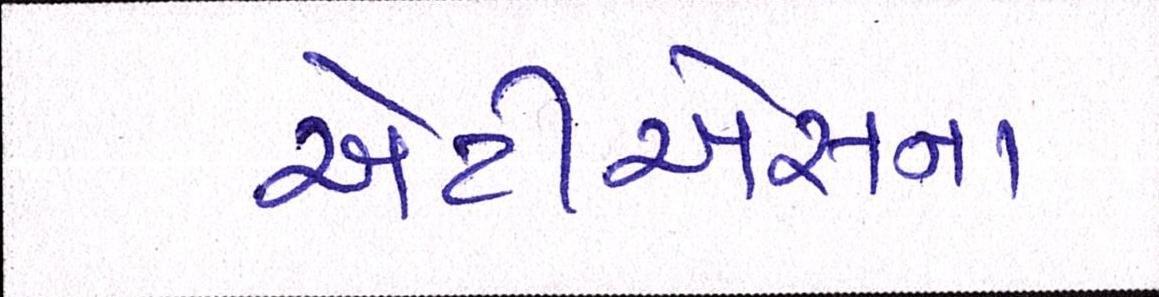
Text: એટીએસના